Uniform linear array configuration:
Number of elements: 32
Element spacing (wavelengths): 0.5
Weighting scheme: binomial
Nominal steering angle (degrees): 15
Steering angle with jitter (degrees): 16.463
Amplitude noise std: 0.05
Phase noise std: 0.05

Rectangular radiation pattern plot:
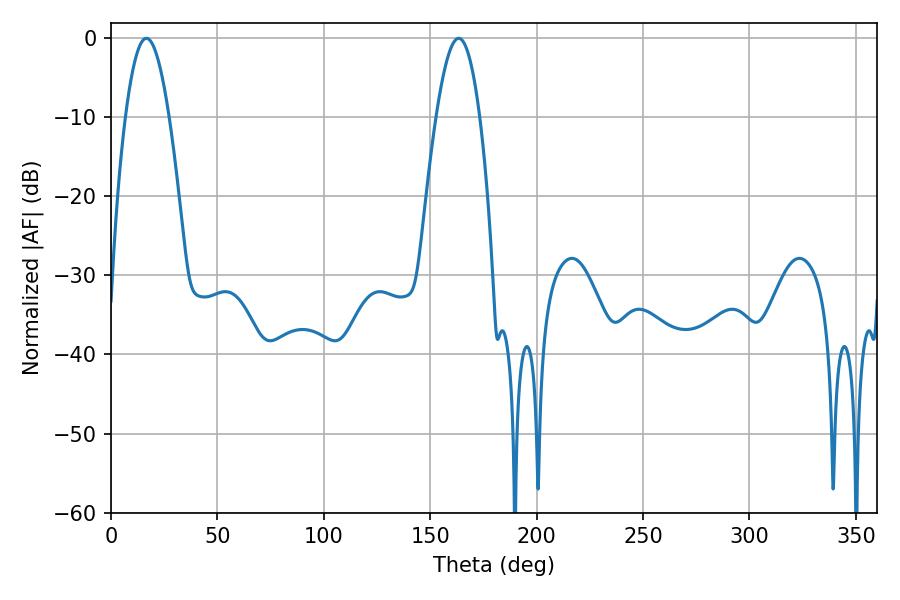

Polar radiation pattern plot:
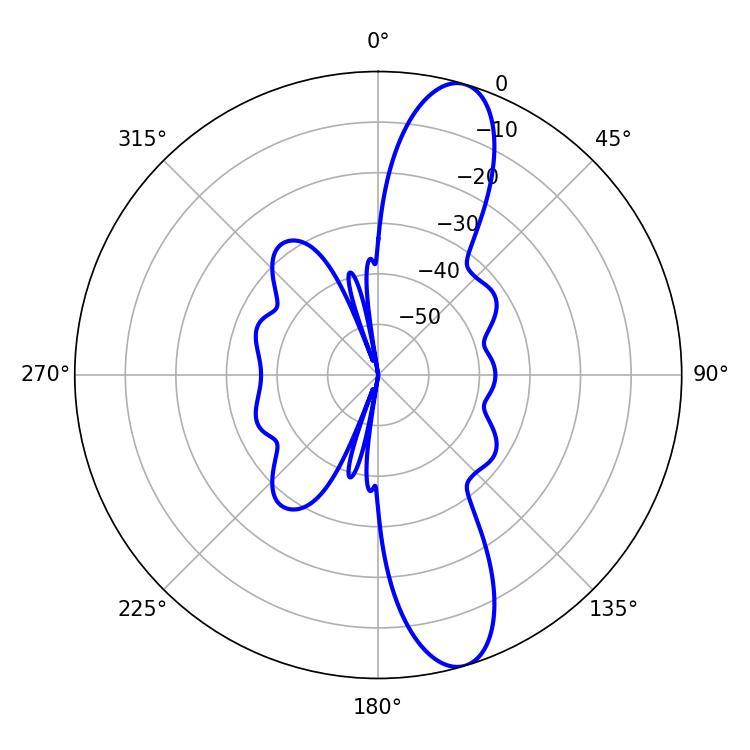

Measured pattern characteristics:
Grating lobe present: FALSE
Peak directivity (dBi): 12.17
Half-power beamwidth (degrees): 11.16
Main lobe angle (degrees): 16.56